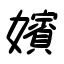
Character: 嬪